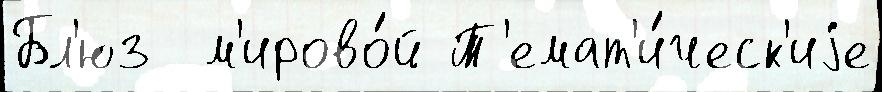
Бл'юз  м'ирово́й Т'емат'и́ческ'иjе